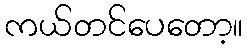
ကယ်တင်ပေတော့။